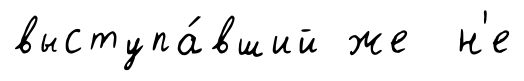
выступа́вший же н'е